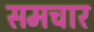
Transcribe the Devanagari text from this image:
समचार